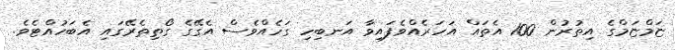
ޏަމްޏަމްގެ އިތުރުން 100 އެތައް އަހަރެއްވެފައިވާ އަނބިހި ގަހެއްވެސް އެގޭގެ ގޯތިތެރޭގައި އެބަހުއްޓެވެ.